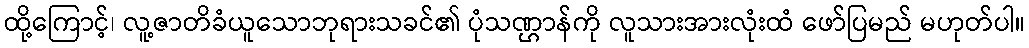
ထို့ကြောင့်၊ လူ့ဇာတိခံယူသောဘုရားသခင်၏ ပုံသဏ္ဌာန်ကို လူသားအားလုံးထံ ဖော်ပြမည် မဟုတ်ပါ။